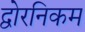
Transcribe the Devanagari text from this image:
द्वोरनिकम